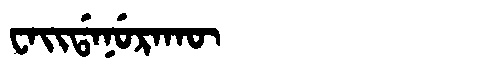
Manchu: ᠸᠠᡳᡩᠠᠨᡠᡵᠠᡴᡡ
Romanization: WAIDANURAKŪ